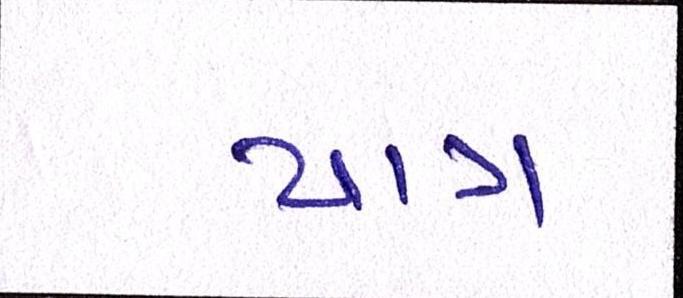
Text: પાત્ર